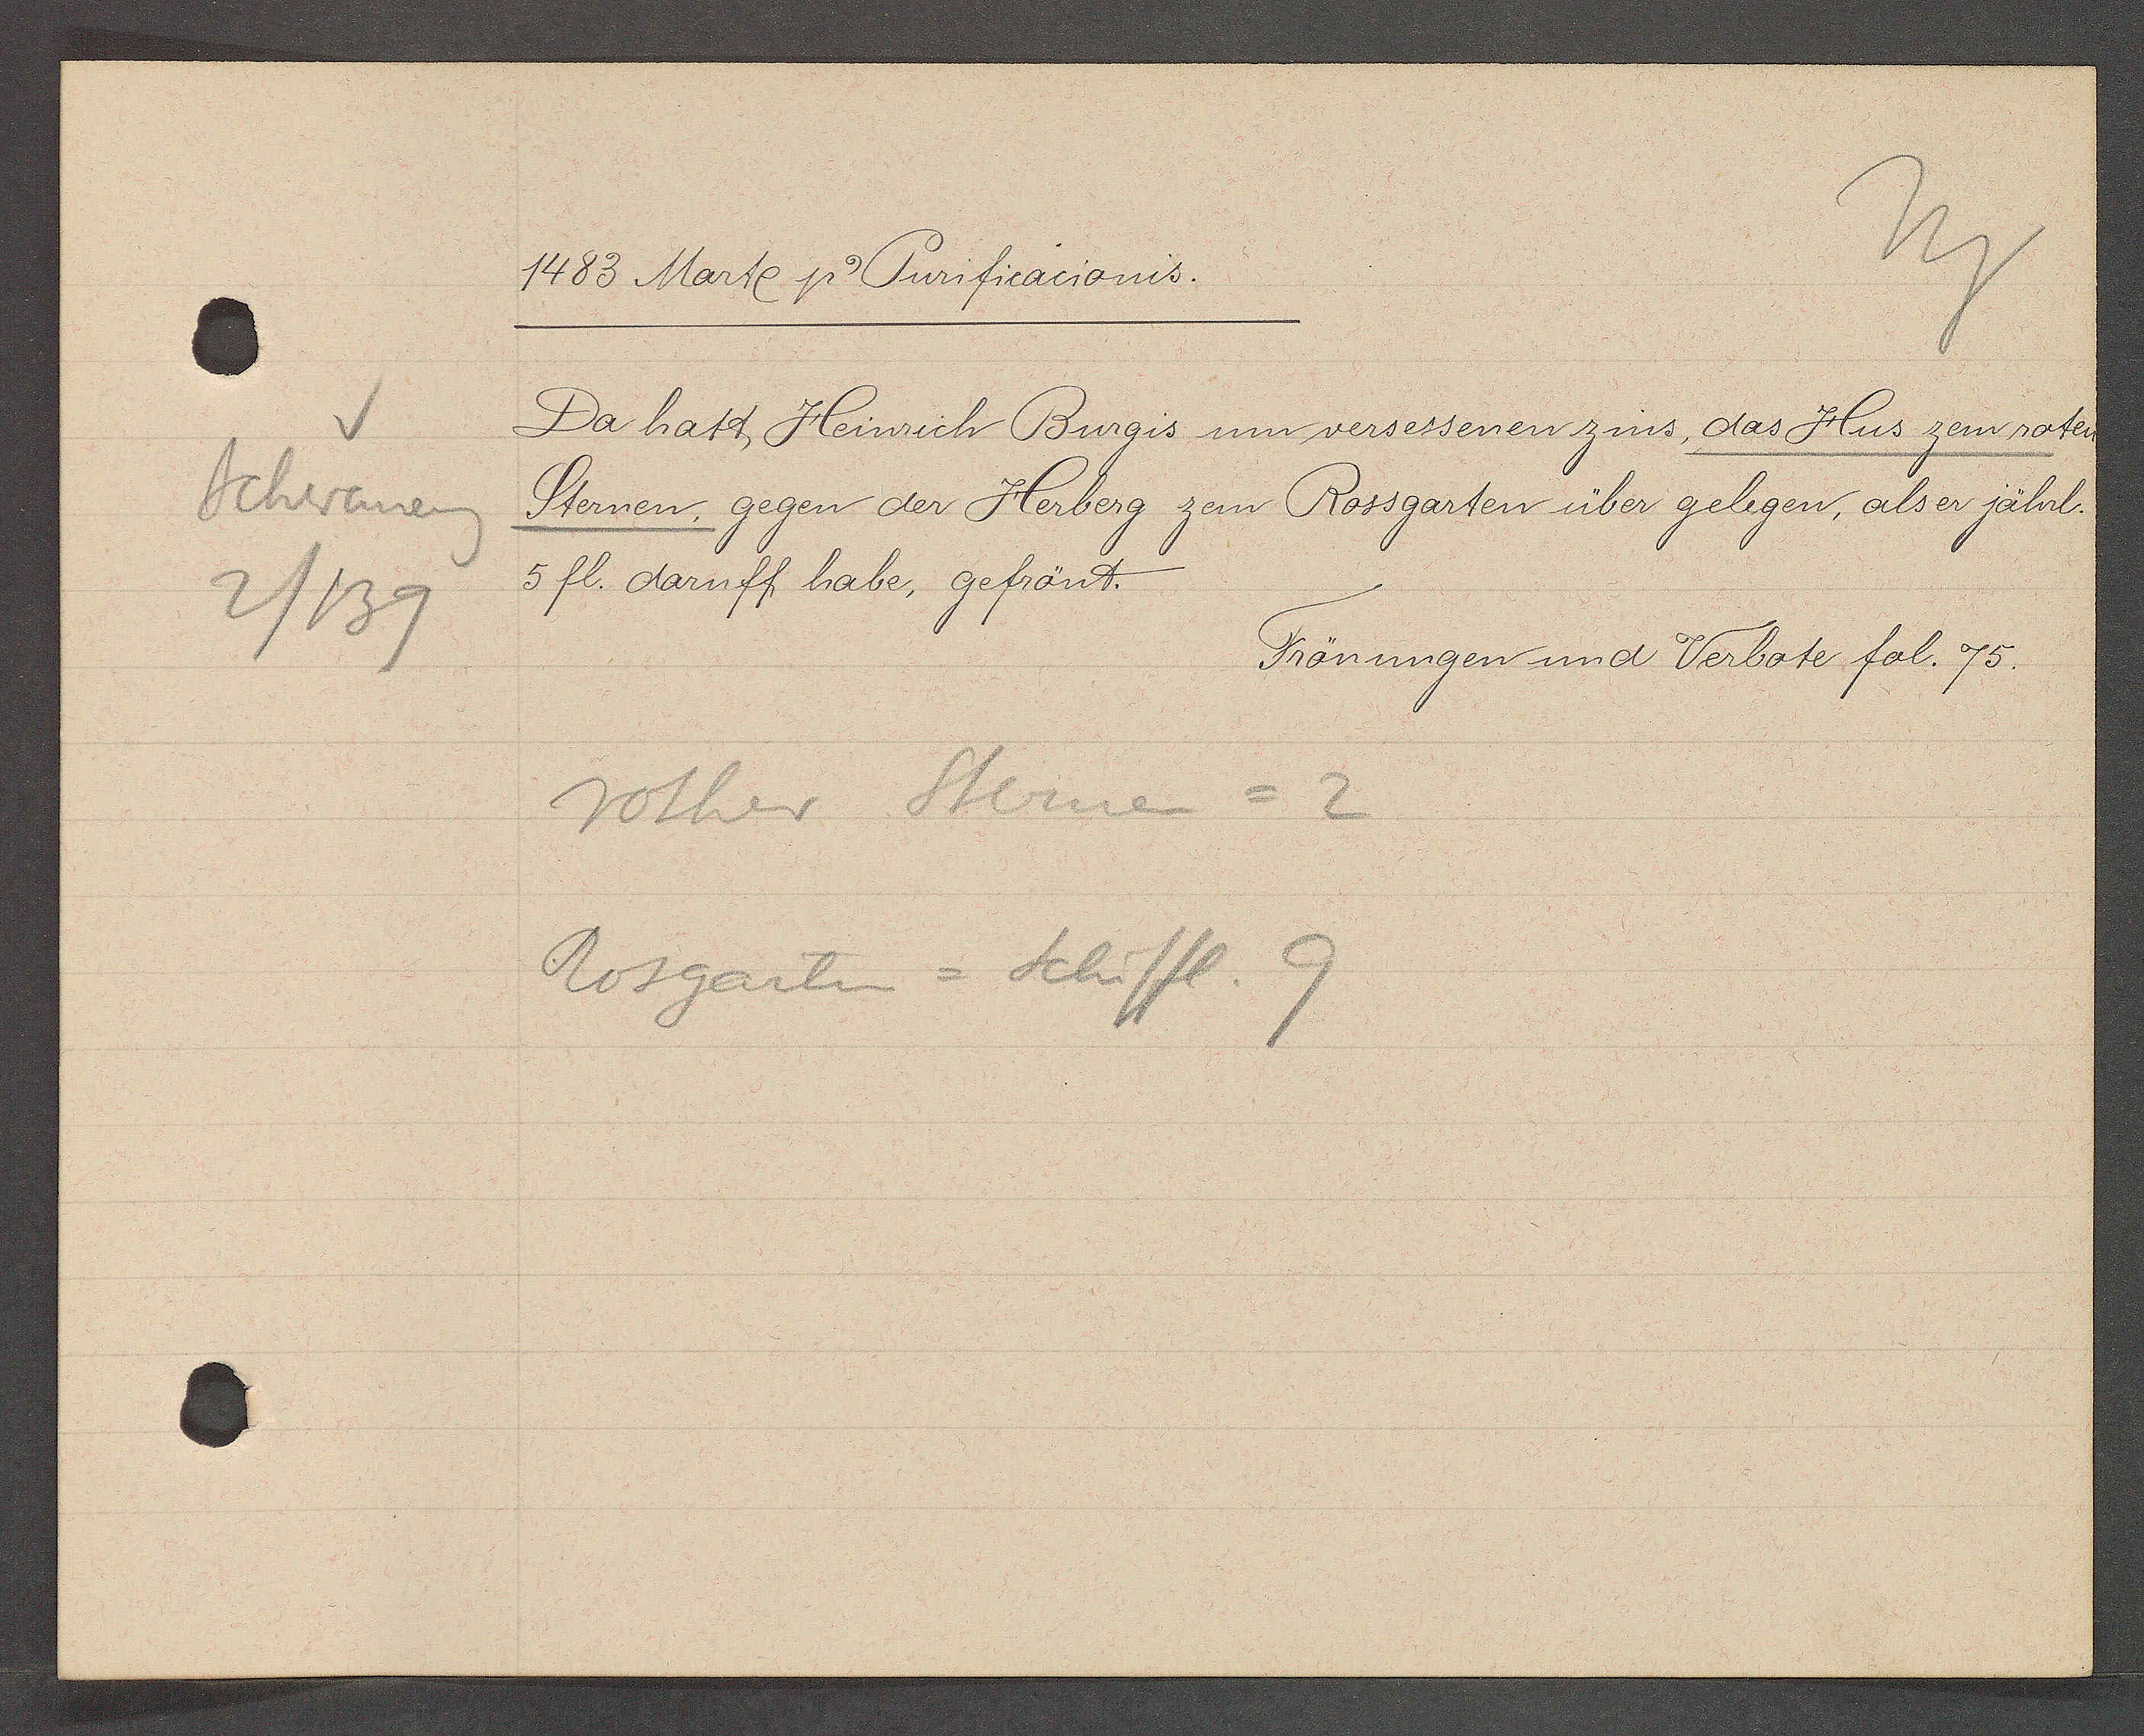
Transcript:
Schwaneng
2/139

1483 Marte p. Purificacionis.

Da hatt Heinrich Burgis um versessenen zins, das Hus zem roten
Sternen, gegen der Herberg zem Rossgarten über gelegen, als er jährl.
5 fl. daruff habe, gefrönt.

Rother Sternen = 2
Rosgartin = Schiffl 9

Frönungen und Verbote fol. 75.